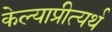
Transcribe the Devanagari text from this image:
केल्याप्रीत्यर्थ